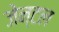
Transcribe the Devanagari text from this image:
जेन्टल